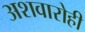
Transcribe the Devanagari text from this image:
अशवारोही